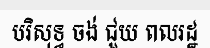
បរិសុទ្ធ ចង់ ជួយ ពលរដ្ឋ